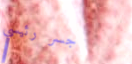
جسر رئيسي